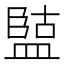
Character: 𭾏